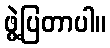
ဖွဲ့ပြတာပါ။